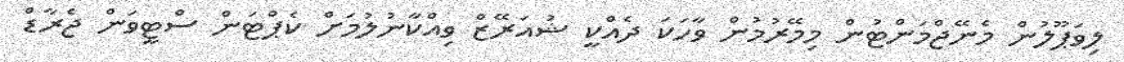
ލިވަޕޫލުން މެނޭޖްމަންޓުން މިމޭރުމުން ވާހަކަ ދެއްކީ ޝުއަރޭޒް ވިއްކާނުލުމަށް ކެޕްޓަން ސްޓީވަން ޖެރާޑް